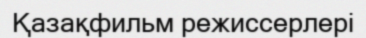
Қазақфильм режиссерлері